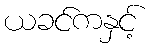
ယခင်ကနှင့်